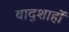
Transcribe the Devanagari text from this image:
बाद्शाहों